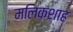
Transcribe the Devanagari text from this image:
मलिकशाह